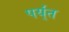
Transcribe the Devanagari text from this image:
पर्य्ंत